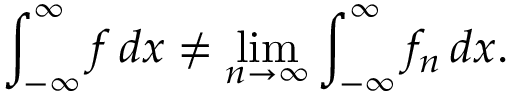
\int _ { - \infty } ^ { \infty } f \, d x \neq \operatorname* { l i m } _ { n \to \infty } \int _ { - \infty } ^ { \infty } f _ { n } \, d x .